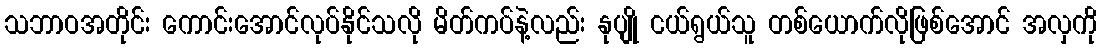
သဘာဝအတိုင်း ကောင်းအောင်လုပ်နိုင်သလို မိတ်ကပ်နဲ့လည်း နုပျို ငယ်ရွယ်သူ တစ်ယောက်လိုဖြစ်အောင် အလှကို